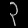
Digit: ၃